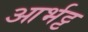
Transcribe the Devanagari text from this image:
आर्भट्ट